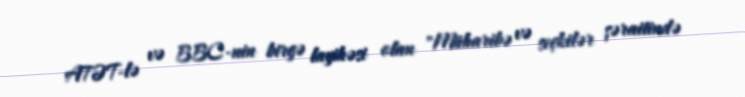
ATƏT-lə və BBC-nin birgə layihəsi olan "Müharibə və seçkilər şəraitində